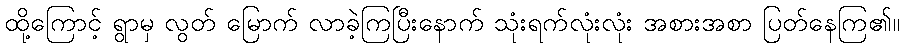
ထို့ကြောင့် ရွာမှ လွတ် မြောက် လာခဲ့ကြပြီးနောက် သုံးရက်လုံးလုံး အစားအစာ ပြတ်နေကြ၏။